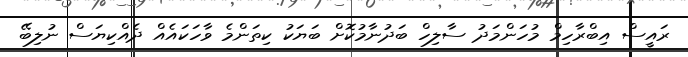
ރައީސް އިބްރާހިމް މުހަންމަދު ސާލިހް ބަދުނާމުކޮށް ބަޔަކު ކިތަންމެ ވާހަކައެއް ދެއްކިޔަސް ނުލިބޭ